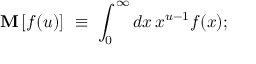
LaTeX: \mathbf { M } \, [ f ( u ) ] \, \, \equiv \, \, \int _ { 0 } ^ { \infty } d x \, x ^ { u - 1 } f ( x ) ;